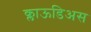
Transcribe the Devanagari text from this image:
क्लाऊडिअस